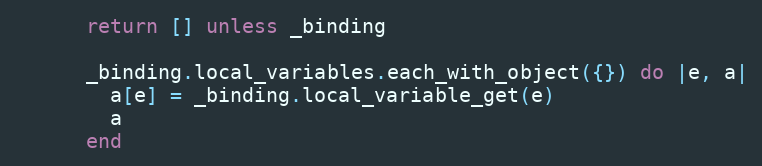
Language: Ruby
      return [] unless _binding

      _binding.local_variables.each_with_object({}) do |e, a|
        a[e] = _binding.local_variable_get(e)
        a
      end